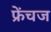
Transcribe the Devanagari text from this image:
फ्रेंचज